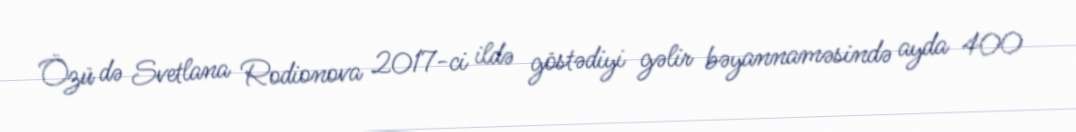
Özü də Svetlana Rodionova 2017-ci ildə göstədiyi gəlir bəyannaməsində ayda 400